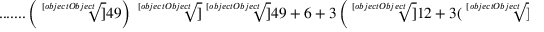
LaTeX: { \mathrm { . . . . . . . } } \left( { \sqrt [ [object Object] ] { 4 9 } } \right) { \sqrt [ [object Object] ] { { \sqrt [ [object Object] ] { 4 9 } } + 6 + 3 \left( { \sqrt [ [object Object] ] { 1 2 + 3 ( { \sqrt [ [object Object] ] { 4 9 } } + 2 { \sqrt [ [object Object] ] { 7 } } ) } } + { \sqrt [ [object Object] ] { 1 1 + 3 ( { \sqrt [ [object Object] ] { 4 9 } } + 2 { \sqrt [ [object Object] ] { 7 } } ) } } \right) } }